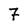
Character: 7